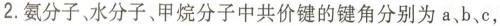
2.氨分子、水分子、甲烷分子中共价键的键角分别为a、b、c，